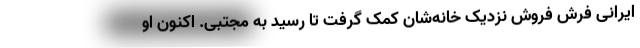
ایرانی‌ فرش فروش نزدیک خانه‌شان کمک گرفت تا رسید به مجتبی. اکنون او